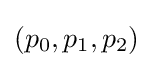
(p_{0},p_{1},p_{2})